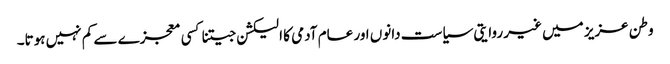
وطن عزیز میں غیر روایتی سیاست دانوں اور عام آدمی کا الیکشن جیتنا کسی معجزے سے کم نہیں ہوتا۔